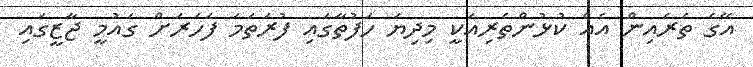
އޭގެ ތެރެއިން އެއް ކުޅުންތެރިއަކީ މިދިޔަ ހަފުތާގައި ފުރަތަމަ ފަހަރަށް ގައުމީ ޖާޒީގައި